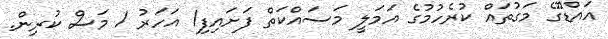
އައްޑޫގެ މަގުތައް ކުރެހުމުގެ އަމަލީ މަަސައްކަތް ފަށައިފި1 އަހަރު 1 މަސް ކުރިން.